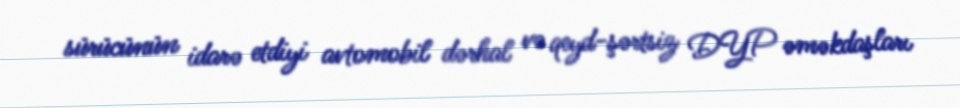
sürücünün idarə etdiyi avtomobil dərhal və qeyd-şərtsiz DYP əməkdaşları